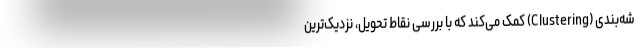
شه‌بندی (Clustering) کمک می‌کند که با بررسی نقاط تحویل، نزدیک‌ترین‌